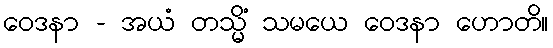
ဝေဒနာ - အယံ တသ္မိံ သမယေ ဝေဒနာ ဟောတိ။